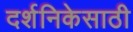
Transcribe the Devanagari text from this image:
दर्शनिकेसाठी